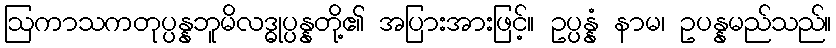
ဩကာသကတုပ္ပန္နဘူမိလဒ္ဓုပ္ပန္နတို့၏ အပြားအားဖြင့်။ ဥပ္ပန္နံ နာမ၊ ဥပန္နမည်သည်။